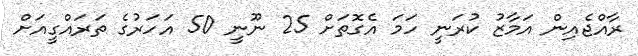
ރާއްޖެއިން އަމާޒު ކުރަނީ ހަމަ އެގޮތަށް 25 ނޫނީ 50 އަހަރުގެ ތަރައްގީއަށް